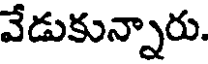
వేడుకున్నారు.